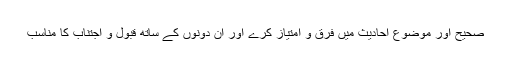
صحیح اور موضوع احادیث میں فرق و امتیاز کرے اور ان دونوں کے ساتھ قبول و اجتناب کا مناسب